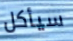
سيأكل